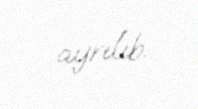
ayrılıb.